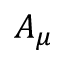
A _ { \mu }